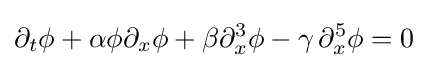
\partial _{t}\phi +\alpha \phi \partial _{x}\phi +\beta \partial _{x}^{3}\phi -\gamma \,\partial _{x}^{5}\phi =0